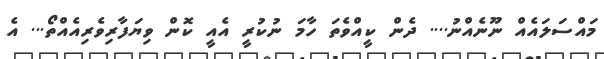
މައްސަލައެއް ނޫނެއްނު.... ދެން ކީއްވެތަ ހާމަ ނުކުރީ އެއީ ކޮން ވިޔަފާރިވެރިއެއްތޯ... އެ